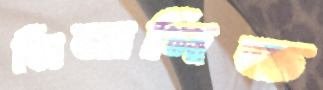
নিনাদিত